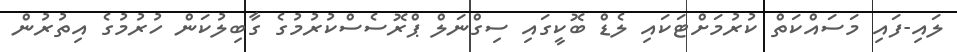
ލައި-ފައި މަސައްކަތް ކުރުމަށްޓަކައި ލެޑް ބޮކީގައި ސިގްނަލް ޕްރޮސެސްކުރުމުގެ ގާބިލުކަން ހުރުމުގެ އިތުރުން